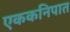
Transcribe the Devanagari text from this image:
एककनिपात